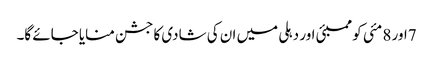
7اور 8 مئی کو ممبئی اور دہلی میں ان کی شادی کا جشن منایا جائے گا۔